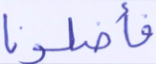
فأضلونا